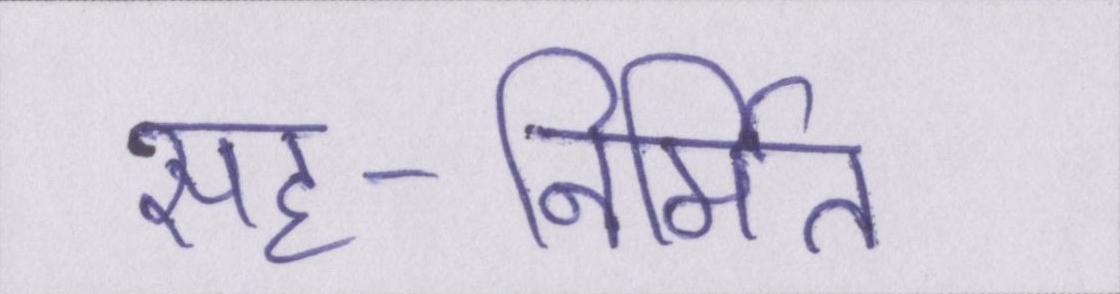
सह-निर्मित